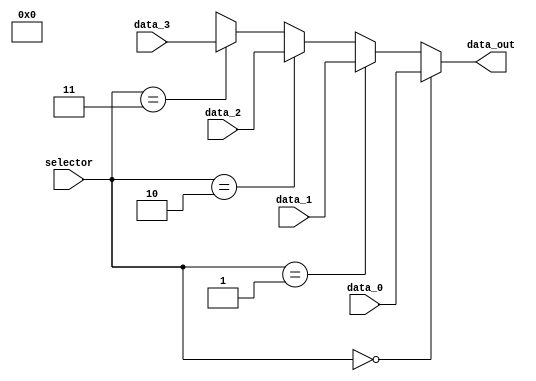
module Mux_PcSource (  
    input wire [1:0] selector,
    input wire [31:0] data_0, data_1, data_2, data_3,
    output wire [31:0] data_out
);
    assign data_out = (selector == 2'b00) ? data_0 :
                      (selector == 2'b01) ? data_1 :
                      (selector == 2'b10) ? data_2 :
                      (selector == 2'b11) ? data_3 :
                      2'bxx;
endmodule